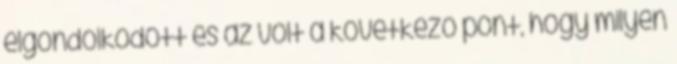
elgondolkodott és az volt a következő pont, hogy milyen